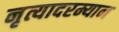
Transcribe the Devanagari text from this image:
नृत्यादरम्यान